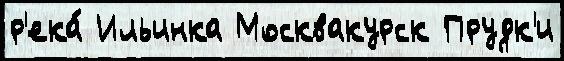
р'ека́ Ильинка Москвакурск Прудк'и